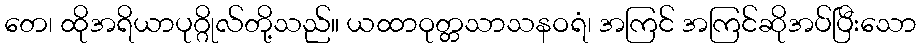
တေ၊ ထိုအရိယာပုဂ္ဂိုလ်တို့သည်။ ယထာဝုတ္တသာသနဝရံ၊ အကြင် အကြင်ဆိုအပ်ပြီးသော